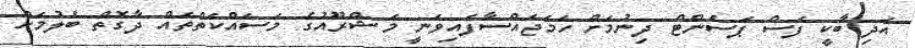
އަދި ބާކީ ފަސް ޕަސެންޓް ދިނުމަށް ހަމަޖައްސާފައިވަނީ މަޝްރޫއުގެ މަސައްކަތްތައް ދާގޮތް ބެލުމަށް